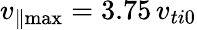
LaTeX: v_{\parallel\operatorname*{max}}=3.75\, v_{ti0}